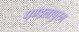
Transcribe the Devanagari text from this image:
पण्डलापुरम